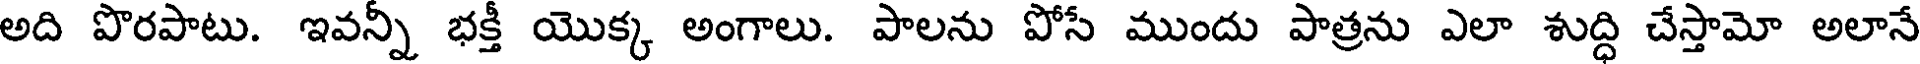
అది పొరపాటు. ఇవన్నీ భక్తీ యొక్క అంగాలు. పాలను పోసే ముందు పాత్రను ఎలా శుద్ధి చేస్తామో అలానే